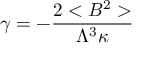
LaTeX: \gamma = - \frac { 2 < B ^ { 2 } > } { \Lambda ^ { 3 } \kappa }